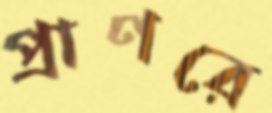
প্রাণরে